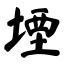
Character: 堙